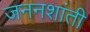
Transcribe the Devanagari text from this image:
जननशांती